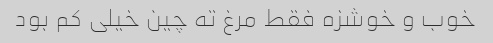
خوب و خوشزه فقط مرغ ته چین خیلی کم بود